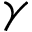
\gamma